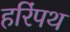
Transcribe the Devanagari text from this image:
हरिंपथ